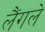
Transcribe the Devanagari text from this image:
लैंगले